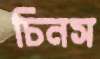
চিনস